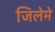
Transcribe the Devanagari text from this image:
जिलेमे